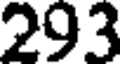
293